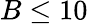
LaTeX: B\le 10